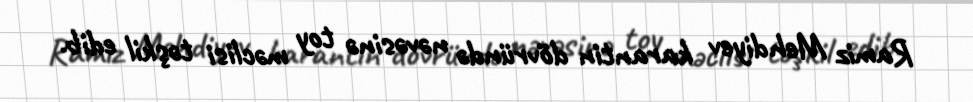
Ramiz Mehdiyev karantin dövründə nəvəsinə toy məclisi təşkil edib.